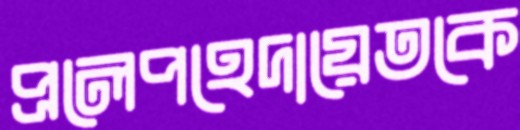
প্রলেপহেদায়েতকে